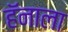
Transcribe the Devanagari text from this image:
हॅनाला